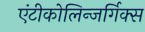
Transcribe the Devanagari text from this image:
एंटीकोलिन्जर्गिक्स